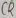
Text: C2